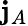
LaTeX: \mathbf{j}_{A}